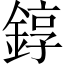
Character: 錞